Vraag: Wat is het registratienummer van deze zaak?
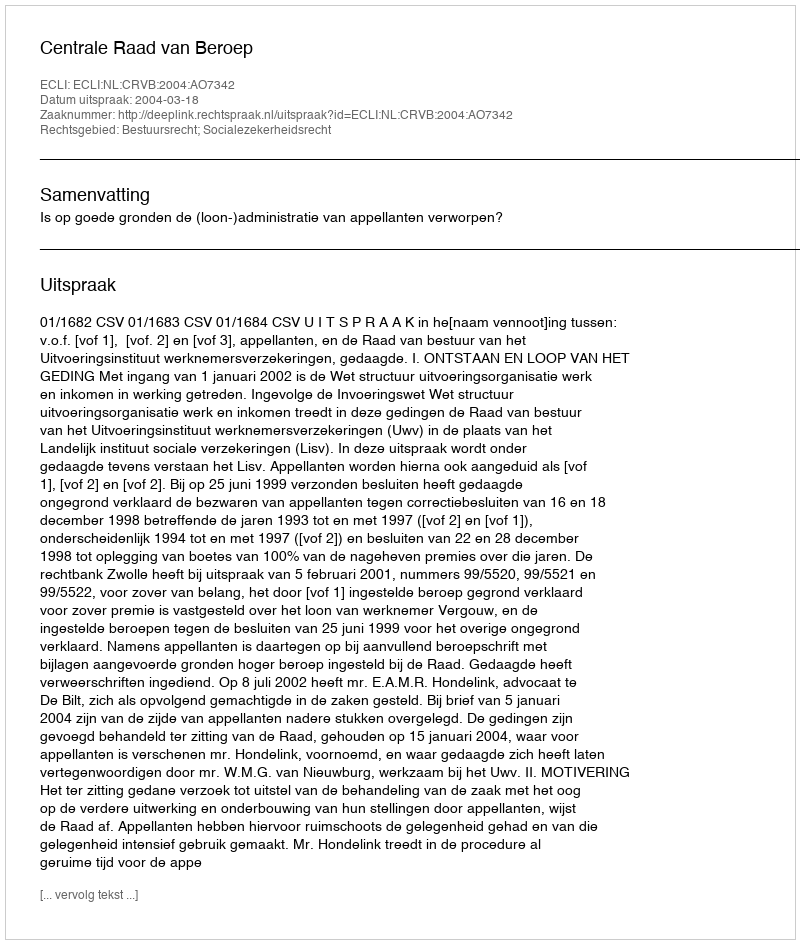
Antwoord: http://deeplink.rechtspraak.nl/uitspraak?id=ECLI:NL:CRVB:2004:AO7342